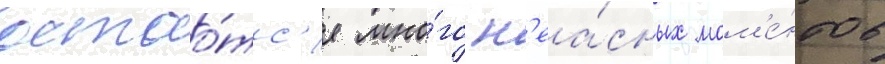
остао́тс'я мно́го н'еа́сных мом'е́нтов